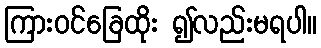
ကြားဝင်ခြေထိုး ၍လည်းမရပါ။